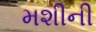
મશીની